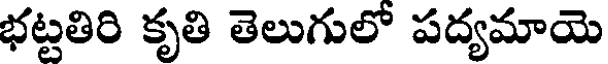
భట్టతిరి కృతి తెలుగులో పద్యమాయె